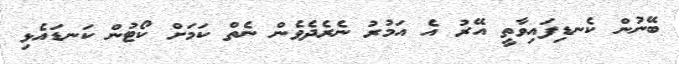
ބޭނުން ކެނޑިފައިވާތީ އޭރު އެ އަމުރު ނެރެދެވެން ނެތް ކަމަށް ކޯޓުން ކަނޑައެޅި